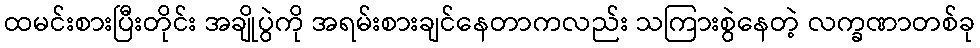
ထမင်းစားပြီးတိုင်း အချိုပွဲကို အရမ်းစားချင်နေတာကလည်း သကြားစွဲနေတဲ့ လက္ခဏာတစ်ခု